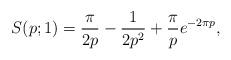
LaTeX: \begin{align*}S(p;1)=\frac{\pi}{2p}-\frac{1}{2p^2}+\frac{\pi}{p}e^{-2\pi p},\end{align*}